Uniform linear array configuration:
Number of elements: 16
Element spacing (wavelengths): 0.5
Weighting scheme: binomial
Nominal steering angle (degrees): -45
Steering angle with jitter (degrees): -43.081
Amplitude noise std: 0.05
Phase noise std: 0.05

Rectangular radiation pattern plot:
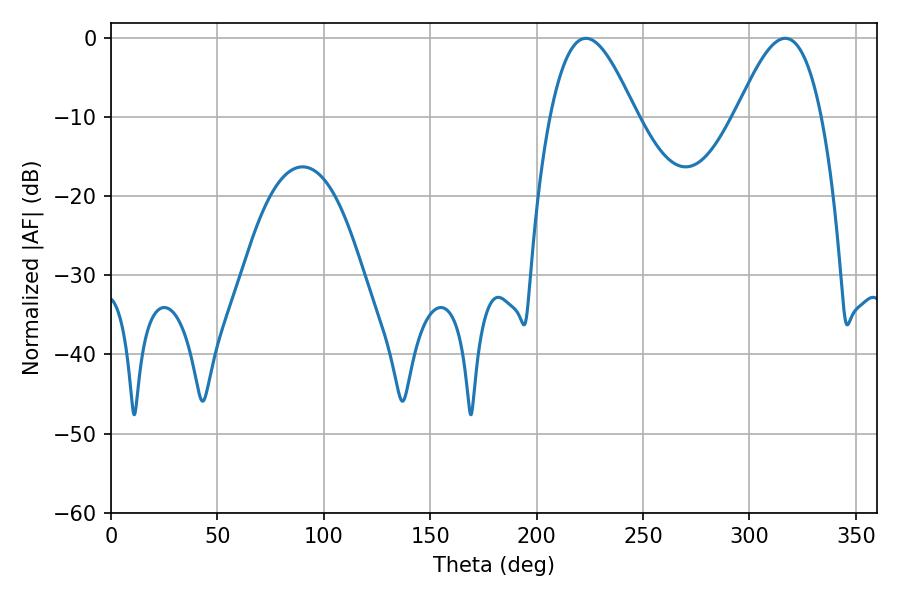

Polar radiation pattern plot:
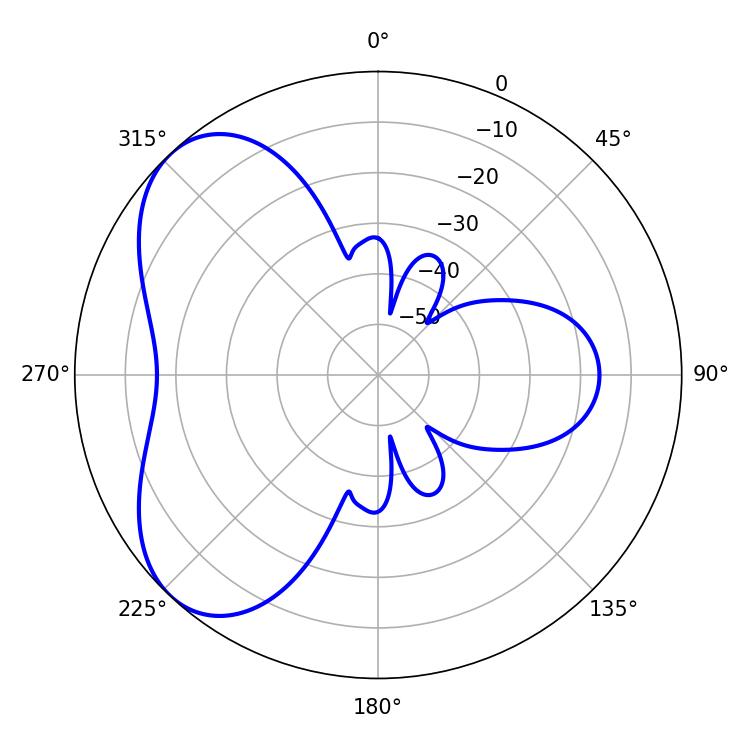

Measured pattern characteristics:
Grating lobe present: FALSE
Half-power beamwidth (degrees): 21.78
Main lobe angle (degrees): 223.2